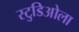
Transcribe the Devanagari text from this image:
स्टुडिओला